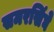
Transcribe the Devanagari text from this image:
समरसिंघे